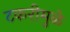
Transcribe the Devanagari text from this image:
टकरीमुळे